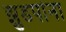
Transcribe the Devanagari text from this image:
झुडपांना